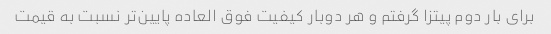
برای بار دوم پیتزا گرفتم و هر دوبار کیفیت فوق العاده پایین‌تر نسبت به قیمت